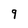
Character: 9